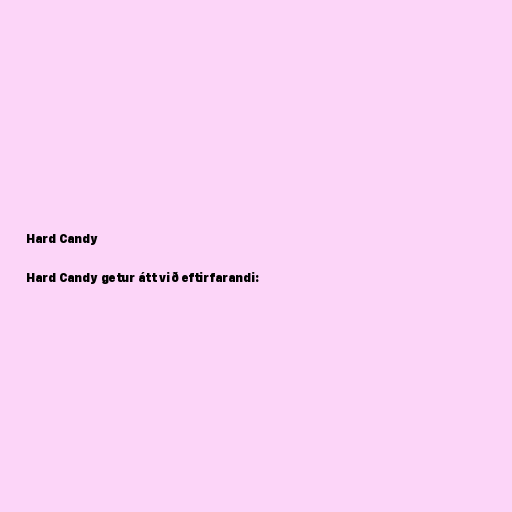
Hard Candy

Hard Candy getur átt við eftirfarandi: